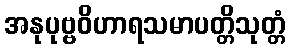
အနုပုဗ္ဗဝိဟာရသမာပတ္တိသုတ္တံ